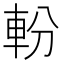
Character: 𨋂